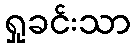
ရှုခင်းသာ